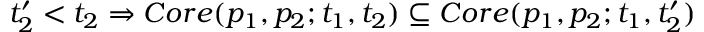
t _ { 2 } ^ { \prime } < t _ { 2 } \Rightarrow C o r e ( p _ { 1 } , p _ { 2 } ; t _ { 1 } , t _ { 2 } ) \subseteq C o r e ( p _ { 1 } , p _ { 2 } ; t _ { 1 } , t _ { 2 } ^ { \prime } )